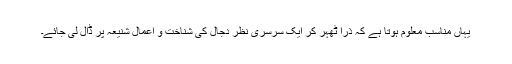
یہاں مناسب معلوم ہوتا ہے کہ ذرا ٹھہر کر ایک سرسری نظر دجال کی شناخت و اعمالِ شنیعہ پر ڈال لی جائے۔